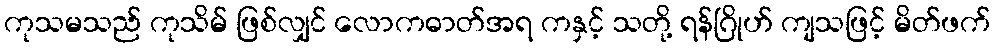
ကုသမသည် ကုသိမ် ဖြစ်လျှင် လောကဓာတ်အရ ကနှင့် သတို့ ရန်ဂြိုဟ် ကျသဖြင့် မိတ်ဖက်